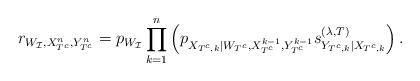
LaTeX: \begin{align*}r_{W_{\mathcal{I}},X_{T^c}^n, Y_{T^c}^n} = p_{W_{\mathcal{I}}} \prod_{k=1}^n \left( p_{X_{T^c,k}|W_{T^c}, X_{T^c}^{k-1}, Y_{T^c}^{k-1}} s_{Y_{T^c,k}|X_{T^c,k}}^{(\lambda, T)}\right).\end{align*}